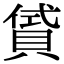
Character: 𧶣